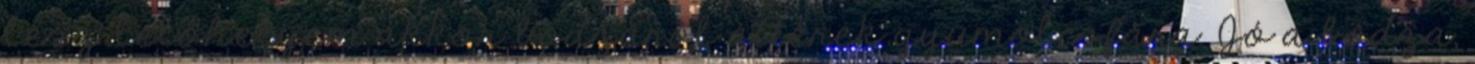
lesz lelőhelyem akkor bodzáról áttérek gyümölcsfára. Jó a bodza,